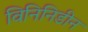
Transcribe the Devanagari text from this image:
विनिनिडीन